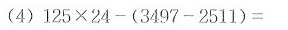
(4) $$ 125 × 24 - ( 3497 - 2511 ) = $$